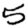
Digit: 5